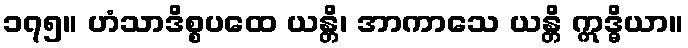
၁၇၅။ ဟံသာဒိစ္စပထေ ယန္တိ၊ အာကာသေ ယန္တိ ဣဒ္ဓိယာ။